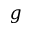
g